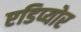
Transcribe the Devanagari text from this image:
एडिप्योर